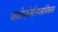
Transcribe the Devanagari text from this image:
पालीएथेलीनग्लायिकाल